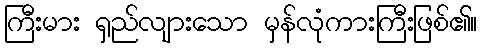
ကြီးမား ရှည်လျားသော မှန်လုံကားကြီးဖြစ်၏။